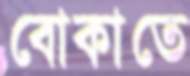
বোকাতে